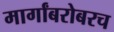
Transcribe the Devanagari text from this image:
मार्गांबरोबरच